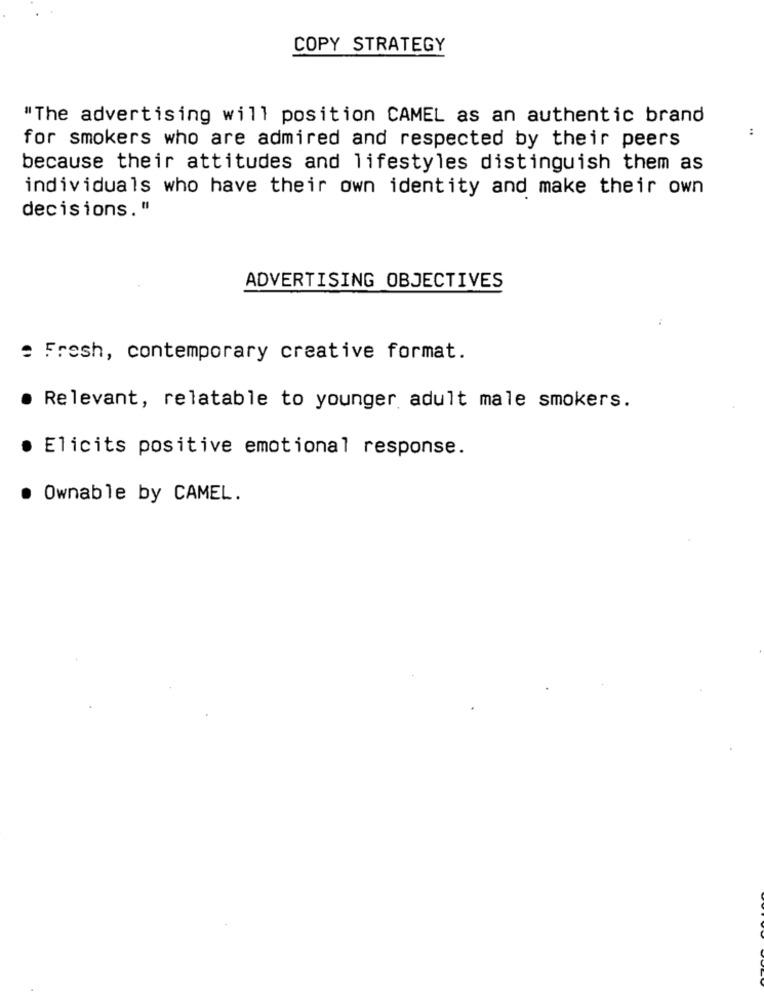
COPY STRATEGY
"The advertising will position CAMEL as an authentic brand
for smokers who are admired and respected by their peers
because their attitudes and lifestyles distinguish them as
individuals who have their own identity and make their own
decisions. "
ADVERTISING OBJECTIVES
: Fresh, contemporary creative format.
Relevant, relatable to younger adult male smokers.
· Elicits positive emotional response.
Ownable by CAMEL.